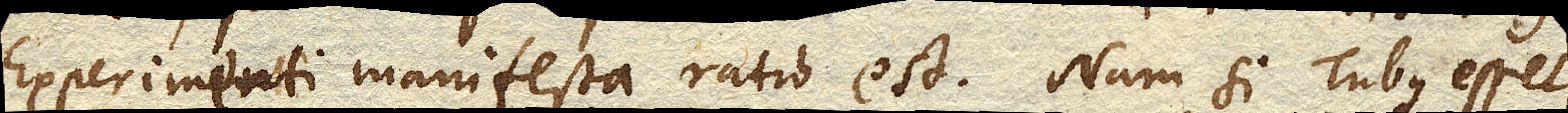
Experimenti manifesta ratio est. Nam si Tubus esset